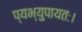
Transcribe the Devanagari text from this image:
प्यभ्युपायतः।